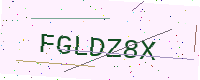
Text: FGLDZ8X